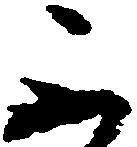
不